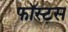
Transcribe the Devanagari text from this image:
फॉस्टस